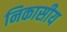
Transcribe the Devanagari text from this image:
निकासीय